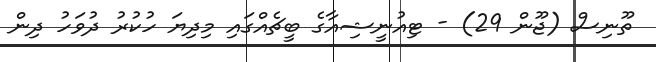
ތޫނިސް (ޖޫން 29) - ޓިއުނީޝިއާގެ ބީޗެއްގައި މިދިޔަ ހުކުރު ދުވަހު ދިން